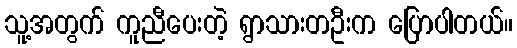
သူ့အတွက် ကူညီပေးတဲ့ ရွာသားတဦးက ပြောပါတယ်။